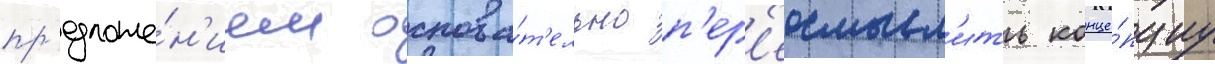
пр'едложе́н'ием основа́т'ельно п'ер'еосмысл'ить конце́пциу